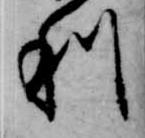
利